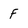
Character: f